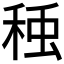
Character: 𮃅